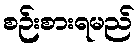
စဉ်းစားရမည်